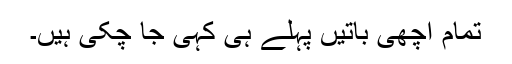
تمام اچھی باتیں پہلے ہی کہی جا چکی ہیں۔